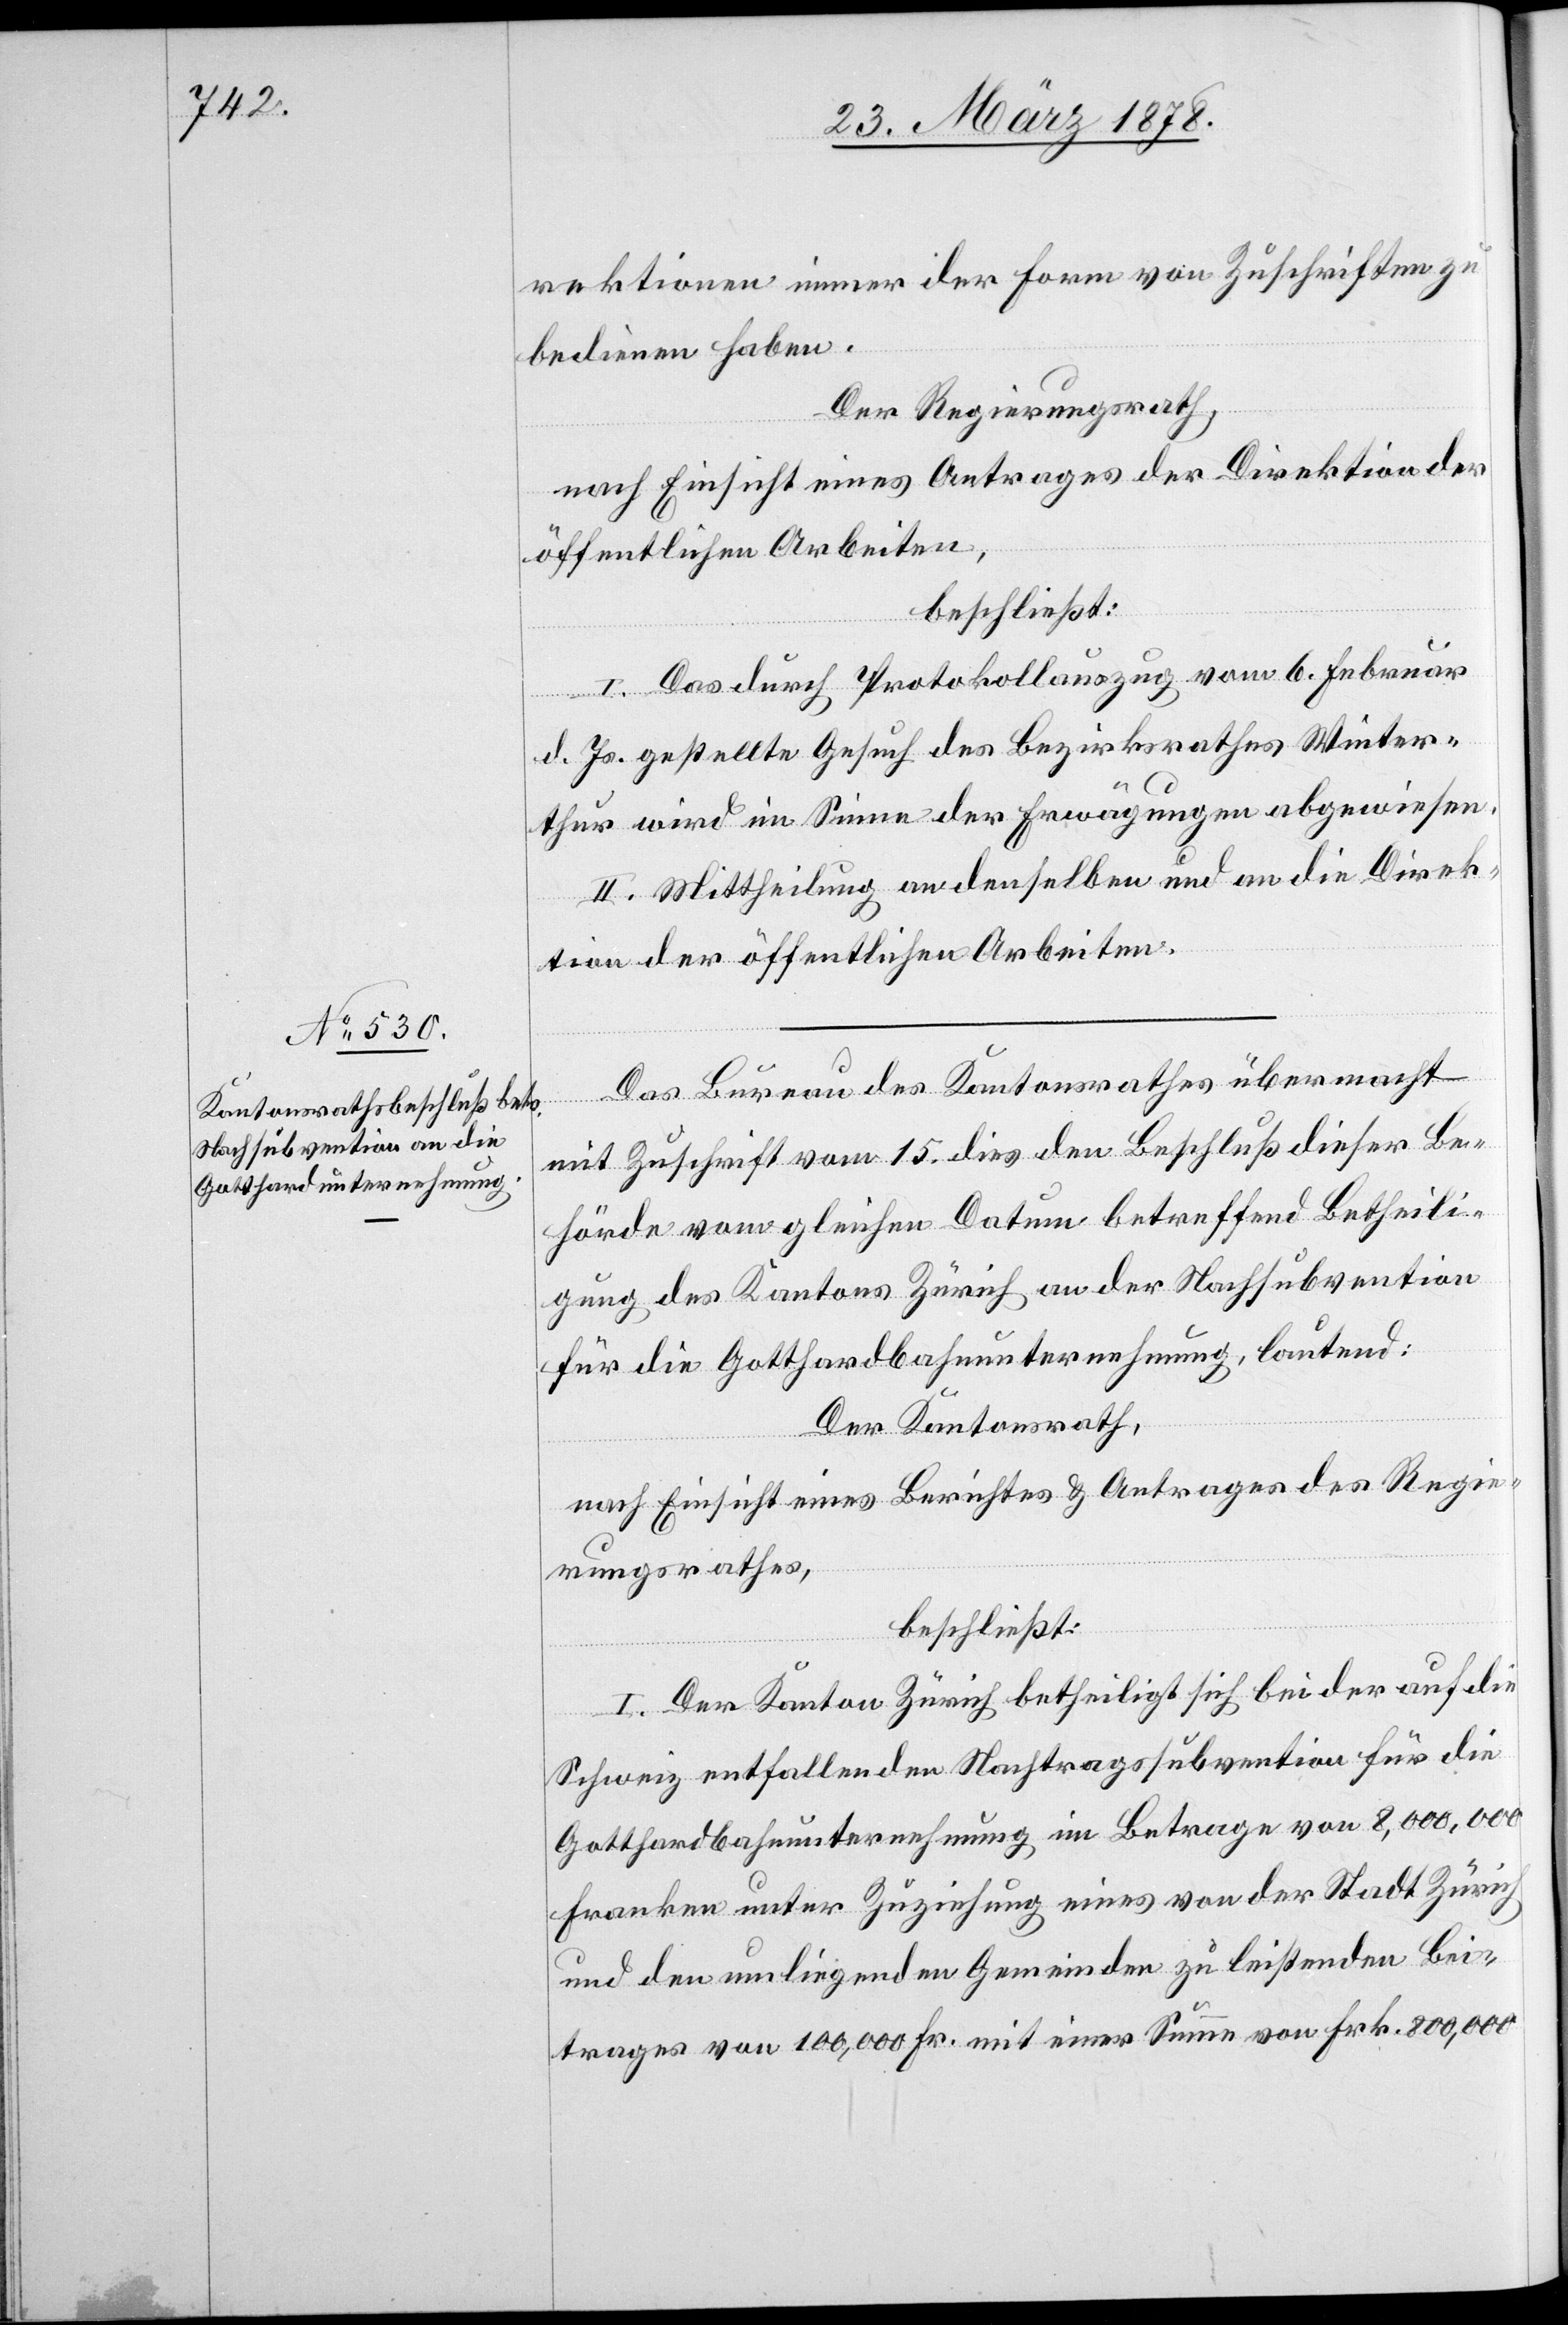
rektionen immer der Form von Zuschriften zu
bedienen habe.
Der Regierungsrath,
nach Einsicht eines Antrages der Direktion der
öffentlichen Arbeiten,
beschließt:
I. Das durch Protokollauszug vom 6. Februar
d. Js. gestellte Gesuch des Bezirksrathes Winter¬
thur wird im Sinne der Erwägungen abgewiesen.
II. Mittheilung an denselben und an die Direk¬
tion der öffentlichen Arbeiten.
Das Bureau des Kantonsrathes übermacht
mit Zuschrift vom 15. dies den Beschluß dieser Be¬
hörde vom gleichen Datum betreffend Betheili¬
gung des Kantons Zürich an der Nachsubvention
für die Gotthardbahnunternehmung, lautend:
Der Kantonsrath,
nach Einsicht eines Berichtes & Antrages des Regie¬
rungsrathes,
beschließt:
I. Der Kanton Zürich betheiligt sich bei der auf die
Schweiz entfallenden Nachtragssubvention für die
Gotthardbahnunternehmung im Betrage von 8,000,000
Franken unter Zuziehung eines von der Stadt Zürich
und den umliegenden Gemeinden zu leistenden Bei¬
trages von 100,000 Fr. mit einer Summe von Frk. 800,000